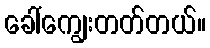
ခေါ်ကျွေးတတ်တယ်။